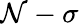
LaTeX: \mathcal{N}-\sigma